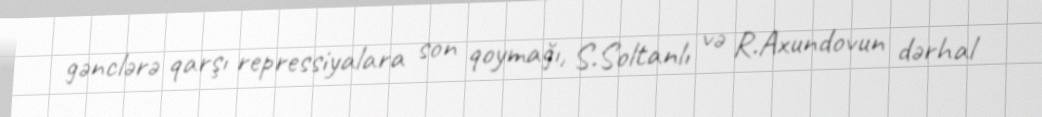
gənclərə qarşı repressiyalara son qoymağı, S.Soltanlı və R.Axundovun dərhal